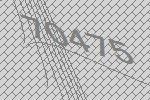
70475